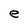
Character: e